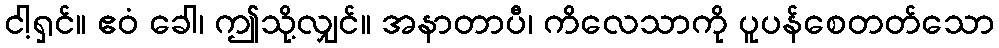
ငါ့ရှင်။ ဧဝံ ခေါ၊ ဤသို့လျှင်။ အနာတာပီ၊ ကိလေသာကို ပူပန်စေတတ်သော